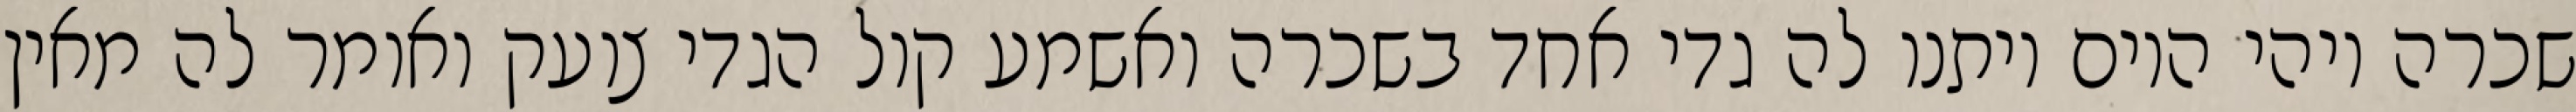
שכרה ויהי היום ויתנו לה גדי אחד בשכרה ואשמע קול הגדי צועק ואומר לה מאין